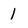
Character: l